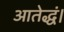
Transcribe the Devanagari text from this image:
आतेद्धं।